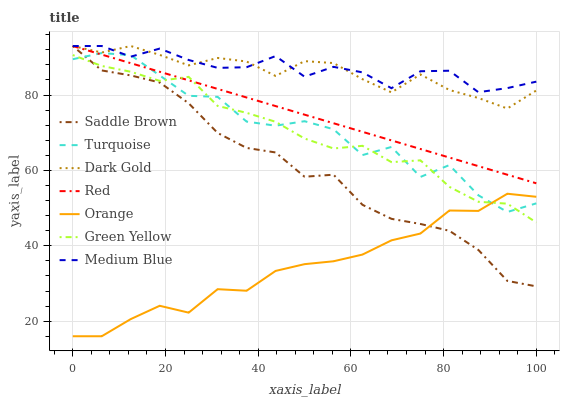
| xaxis_label | Saddle Brown | Turquoise | Dark Gold | Red | Orange | Green Yellow | Medium Blue |
 | --- | --- | --- | --- | --- | --- | --- | --- |
 | 0 | 93 | 89.5 | 93 | 93 | 16 | 90.6 | 93 |
 | 6.25 | 86.5 | 91.1 | 91.3 | 90.7 | 16 | 87.7 | 93 |
 | 12.5 | 85.2 | 90.6 | 93 | 88.4 | 20.5 | 86.2 | 90.2 |
 | 18.8 | 83.3 | 85.2 | 90.6 | 86.2 | 24.1 | 83.7 | 92.3 |
 | 25 | 77.8 | 79.8 | 87.9 | 83.9 | 22.3 | 84.8 | 89.3 |
 | 31.2 | 69.9 | 79.5 | 89.8 | 81.6 | 28.5 | 77.1 | 87.2 |
 | 37.5 | 66 | 72.9 | 88.9 | 79.3 | 28.1 | 75.3 | 87.4 |
 | 43.8 | 64.8 | 71.9 | 85.1 | 77.1 | 33.3 | 72.9 | 90.3 |
 | 50 | 58.3 | 73.1 | 89 | 74.8 | 35.1 | 68.5 | 84.9 |
 | 56.2 | 58.9 | 70.9 | 88.5 | 72.5 | 35.9 | 65.8 | 87.5 |
 | 62.5 | 50.9 | 64.1 | 84.2 | 70.2 | 37.7 | 66.5 | 86 |
 | 68.8 | 47.1 | 66.2 | 80.7 | 68 | 41.4 | 62.2 | 81.8 |
 | 75 | 45.8 | 58.3 | 85.5 | 65.7 | 43.3 | 62.7 | 86.3 |
 | 81.2 | 44 | 61.4 | 81.3 | 63.4 | 49.4 | 55.6 | 86.4 |
 | 87.5 | 38.9 | 53.4 | 79.2 | 61.1 | 49.3 | 51.7 | 80.7 |
 | 93.8 | 30.7 | 49 | 76.4 | 58.9 | 53.8 | 51.2 | 81.8 |
 | 100 | 29.2 | 51.3 | 81.2 | 56.6 | 53 | 46.2 | 83.5 |